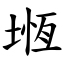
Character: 堩